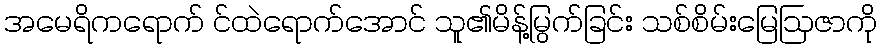
အမေရိကရောက် င်ထဲရောက်အောင် သူ၏မိန့်မြွက်ခြင်း သစ်စိမ်းမြေဩဇာကို